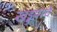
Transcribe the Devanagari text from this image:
खड्डय़ाचे